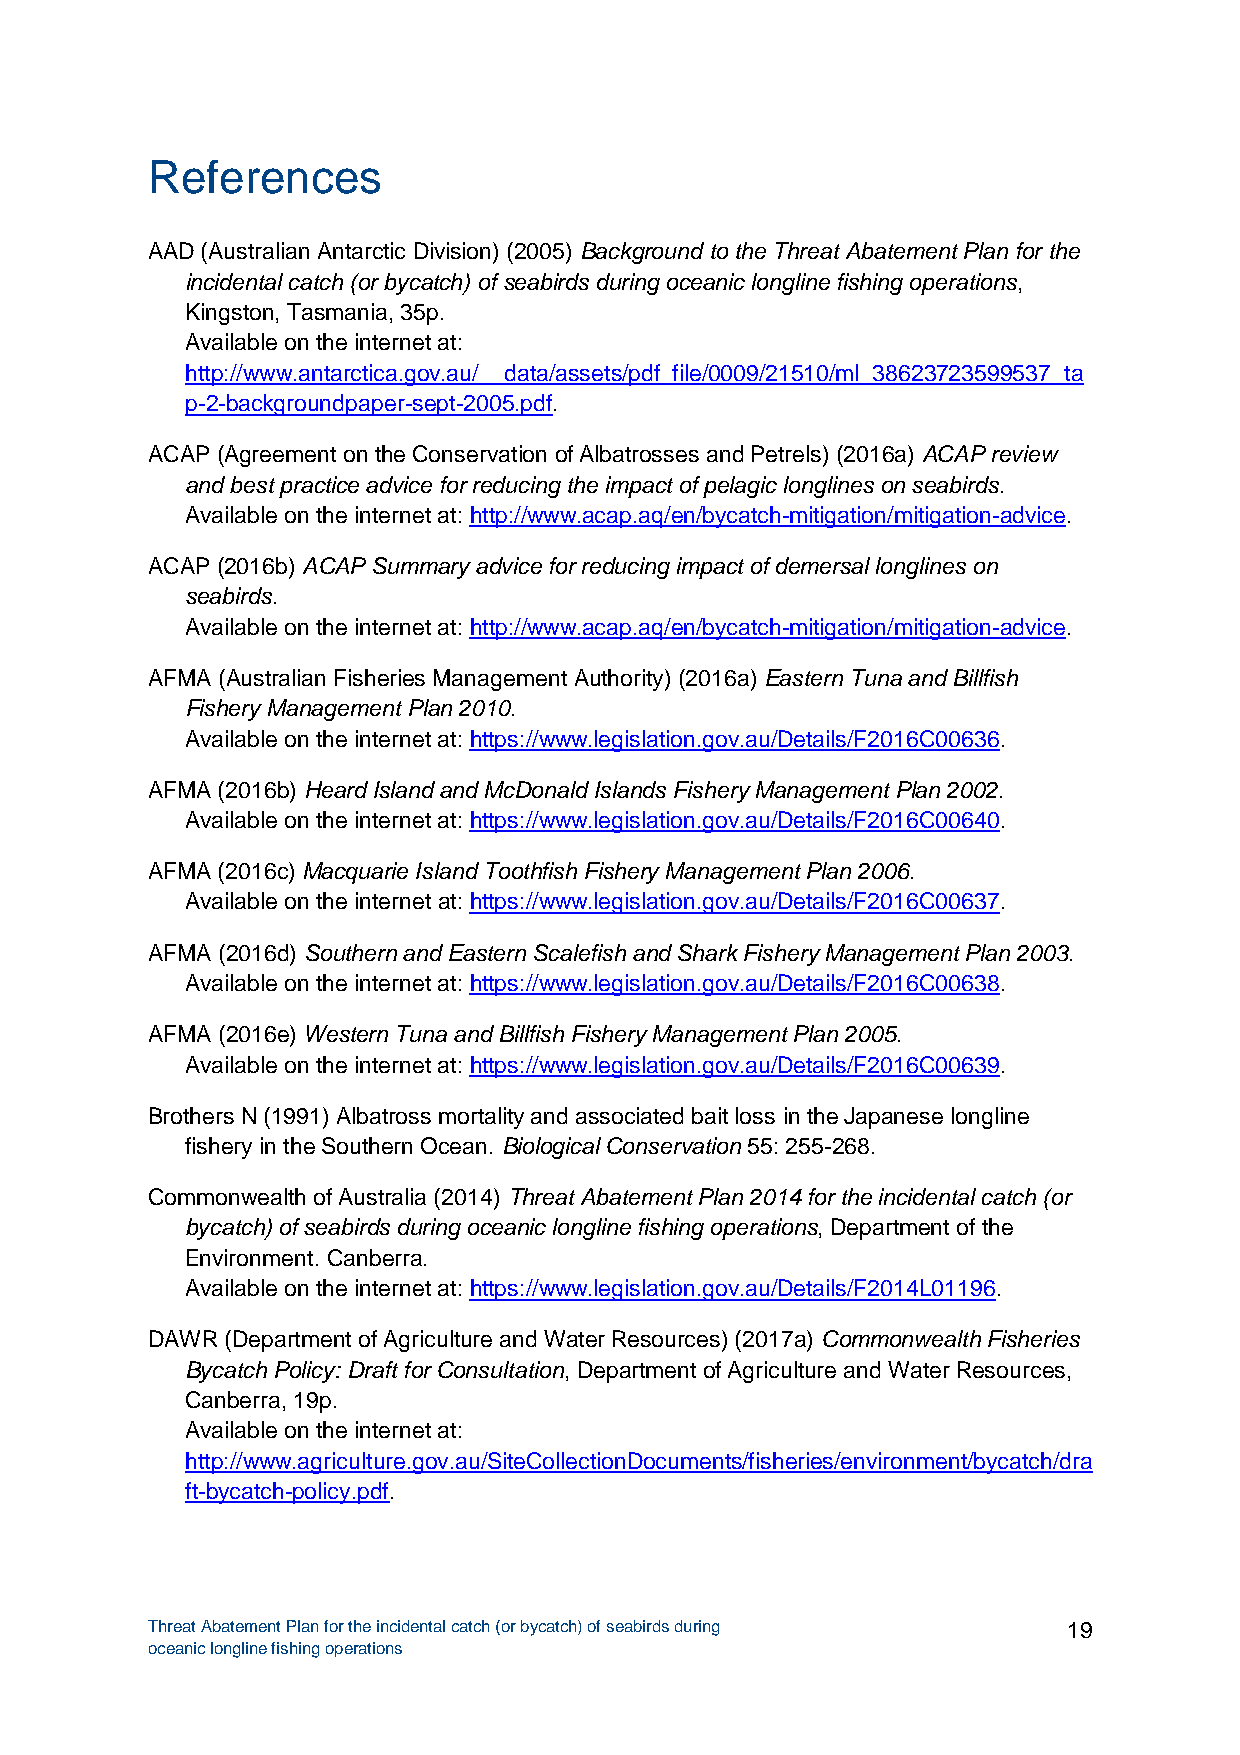
References
 AAD (Australian Antarctic Division) (2005) Background to the Threat Abatement Plan for the
 incidental catch (or bycatch) of seabirds during oceanic longline fishing operations,
 Kingston, Tasmania, 35p.
 Available on the internet at:
 http://www.antarctica.gov.au/__data/assets/pdf_file/0009/21510/ml_38623723599537_ta
 p-2-backgroundpaper-sept-2005.pdf.
 ACAP (Agreement on the Conservation of Albatrosses and Petrels) (2016a) ACAP review
 and best practice advice for reducing the impact of pelagic longlines on seabirds.
 Available on the internet at: http://www.acap.aq/en/bycatch-mitigation/mitigation-advice.
 ACAP (2016b) ACAP Summary advice for reducing impact of demersal longlines on
 seabirds.
 Available on the internet at: http://www.acap.aq/en/bycatch-mitigation/mitigation-advice.
 AFMA (Australian Fisheries Management Authority) (2016a) Eastern Tuna and Billfish
 Fishery Management Plan 2010.
 Available on the internet at: https://www.legislation.gov.au/Details/F2016C00636.
 AFMA (2016b) Heard Island and McDonald Islands Fishery Management Plan 2002.
 Available on the internet at: https://www.legislation.gov.au/Details/F2016C00640.
 AFMA (2016c) Macquarie Island Toothfish Fishery Management Plan 2006.
 Available on the internet at: https://www.legislation.gov.au/Details/F2016C00637.
 AFMA (2016d) Southern and Eastern Scalefish and Shark Fishery Management Plan 2003.
 Available on the internet at: https://www.legislation.gov.au/Details/F2016C00638.
 AFMA (2016e) Western Tuna and Billfish Fishery Management Plan 2005.
 Available on the internet at: https://www.legislation.gov.au/Details/F2016C00639.
 Brothers N (1991) Albatross mortality and associated bait loss in the Japanese longline
 fishery in the Southern Ocean. Biological Conservation 55: 255-268.
 Commonwealth of Australia (2014) Threat Abatement Plan 2014 for the incidental catch (or
 bycatch) of seabirds during oceanic longline fishing operations, Department of the
 Environment. Canberra.
 Available on the internet at: https://www.legislation.gov.au/Details/F2014L01196.
 DAWR (Department of Agriculture and Water Resources) (2017a) Commonwealth Fisheries
 Bycatch Policy: Draft for Consultation, Department of Agriculture and Water Resources,
 Canberra, 19p.
 Available on the internet at:
 http://www.agriculture.gov.au/SiteCollectionDocuments/fisheries/environment/bycatch/dra
 ft-bycatch-policy.pdf.
 Threat Abatement Plan for the incidental catch (or bycatch) of seabirds during 19
 oceanic longline fishing operations